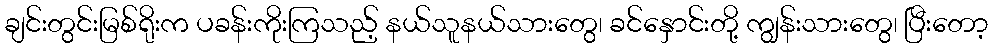
ချင်းတွင်းမြစ်ရိုးက ပခန်းကိုးကြသည့် နယ်သူနယ်သားတွေ၊ ခင်နှောင်းတို့ ကျွန်းသားတွေ၊ ပြီးတော့